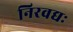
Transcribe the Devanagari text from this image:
निरवद्यः